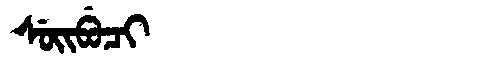
Manchu: ᠰᡠᡳᠪᡠᠴᡳ
Romanization: SUIBUCI